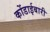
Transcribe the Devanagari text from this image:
कोंडाईबारी